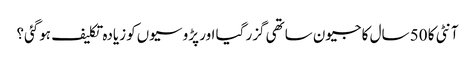
آنٹی کا 50 سال کا جیون ساتھی گزر گیا اور پڑوسیوں‌کو زیادہ تکلیف ہوگئی؟